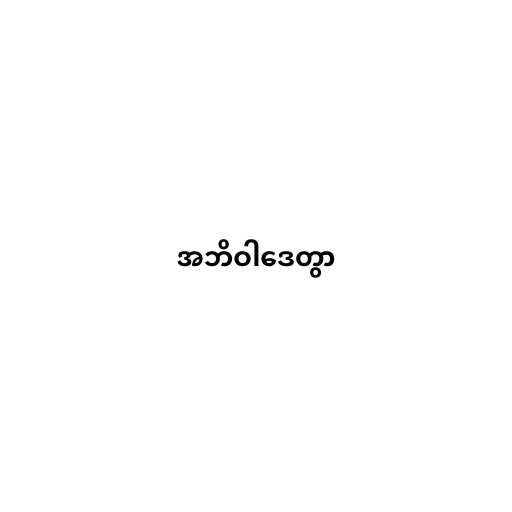
အဘိဝါဒေတွာ